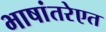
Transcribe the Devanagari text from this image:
भाषांतरेएत